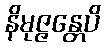
နိမုဇ္ဇန္တေပိ